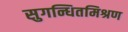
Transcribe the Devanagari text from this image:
सुगन्धितमिश्रण